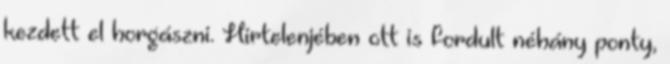
kezdett el horgászni. Hirtelenjében ott is fordult néhány ponty,